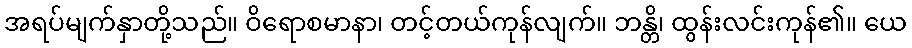
အရပ်မျက်နှာတို့သည်။ ဝိရောစမာနာ၊ တင့်တယ်ကုန်လျက်။ ဘန္တိ၊ ထွန်းလင်းကုန်၏။ ယေ